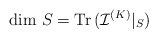
\begin{align*}\mbox{dim}\ S = \mbox{Tr\thinspace } ({\mathcal I} ^{(K)}|_{S})\end{align*}